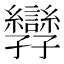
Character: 㝈